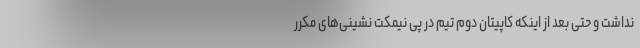
نداشت و حتی بعد از اینکه کاپیتان دوم تیم در پی نیمکت نشینی‌های مکرر